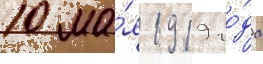
10 ма́я 1919 го́да